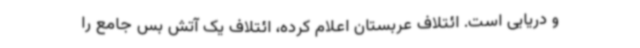
و دریایی است. ائتلاف عربستان اعلام کرده، ائتلاف یک آتش بس جامع را